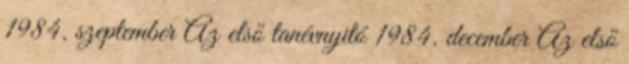
1984. szeptember Az első tanévnyitó 1984. december Az első